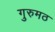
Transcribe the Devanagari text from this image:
गुरुमठ